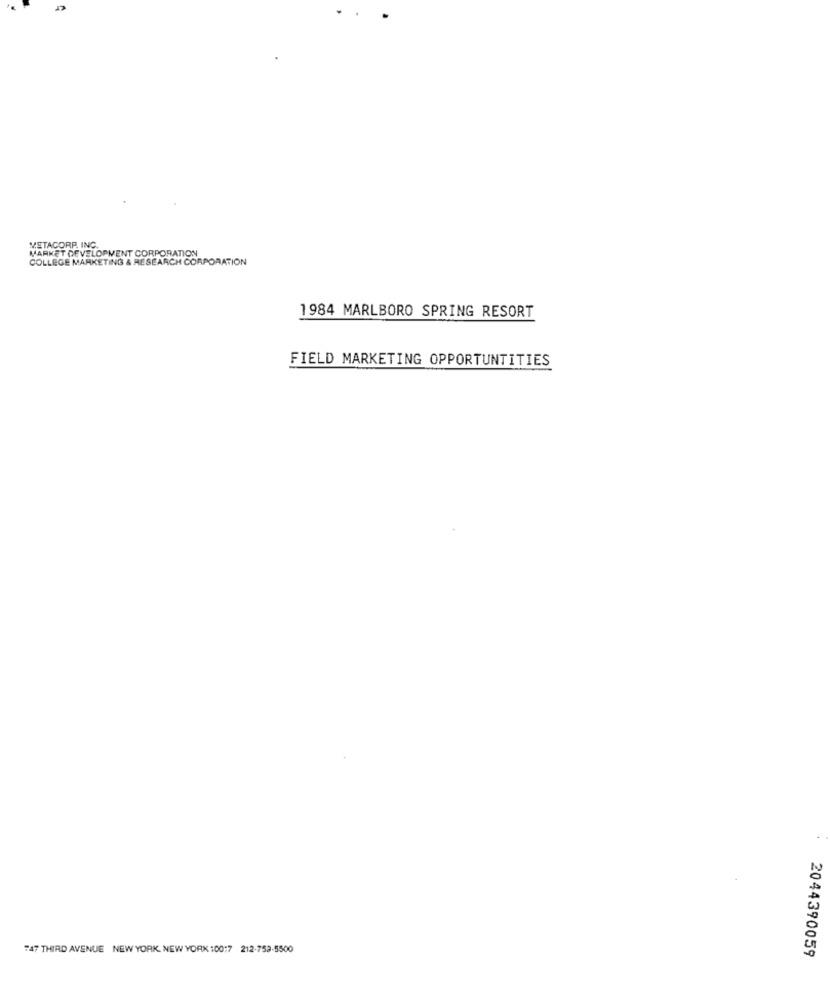
er
METACORP. INC.
MARKET DEVELOPMENT CORPORATION
COLLEGE MARKETING & RESEARCH CORPORATION
1984 MARLBORO SPRING RESORT
FIELD MARKETING OPPORTUNTITIES
747 THIRD AVENUE NEW YORK, NEW YORK :00:7 212-752-5500
2044390059